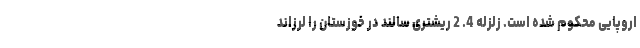
اروپایی محکوم شده است. زلزله 4. 2 ریشتری سالند در خوزستان را لرزاند